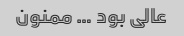
عالی بود … ممنون